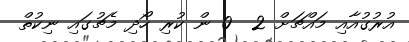
އުރުގުއާއި މައްޗަށް 2  0 ން ކުރި ހޯދި މެޗުގައި ނިކުތް